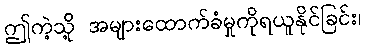
ဤကဲ့သို့ အများထောက်ခံမှုကိုရယူနိုင်ခြင်း၊